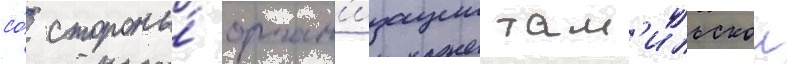
со́ стороны́ орган'изации там'ильскои